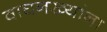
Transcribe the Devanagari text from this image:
वाघनख्यांना